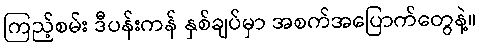
ကြည့်စမ်း ဒီပန်းကန် နှစ်ချပ်မှာ အစက်အပြောက်တွေနဲ့။